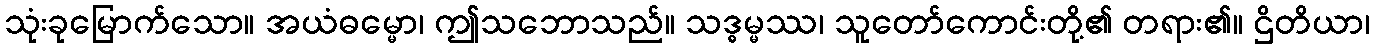
သုံးခုမြောက်သော။ အယံဓမ္မော၊ ဤသဘောသည်။ သဒ္ဓမ္မဿ၊ သူတော်ကောင်းတို့၏ တရား၏။ ဌိတိယာ၊